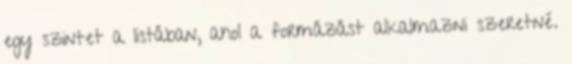
egy szintet a listában, ahol a formázást alkalmazni szeretné.